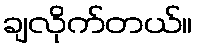
ချလိုက်တယ်။